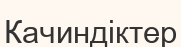
Качиндіктер